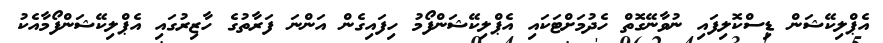
އެޕްލިކޭޝަން ޑިސްކޮލިފައި ނުވާނޭގޮތް ހެދުމަށްޓަކައި އެޕްލިކޭޝަންފޯމު ހިފައިގެން އަންނަ ފަރާތުގެ ހާޒިރުގައި އެޕްލިކޭޝަންފޯމާއެކު